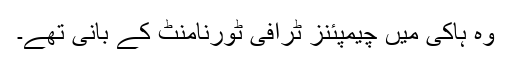
وہ ہاکی میں چیمپئنز ٹرافی ٹورنامنٹ کے بانی تھے۔